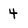
Character: 4